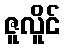
ဇူလိူင်